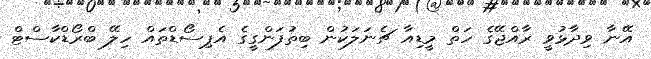
އޭނާ ވިދާޅުވީ ރާއްޖޭގެ ހަތް މީޑިއާ ޗެނަލަކުން ބިތުފަންގީގެ އެޕިސޯޑްތައް ހިލޭ ބްރޯޑްކާސްޓް